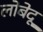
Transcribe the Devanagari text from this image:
लोबेदू